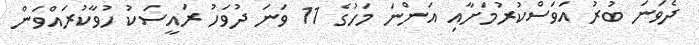
ދެވަނަ ބުރު އަވަސްކުރުމަށާއި އަންނަ މަހުގެ 11 ވަނަ ދުވަހު ރައީސަކު ހުވާކުރައްވަން